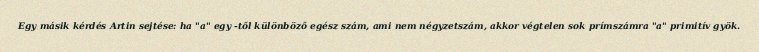
Egy másik kérdés Artin sejtése: ha "a" egy -től különböző egész szám, ami nem négyzetszám, akkor végtelen sok prímszámra "a" primitív gyök.